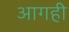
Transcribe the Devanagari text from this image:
आगही